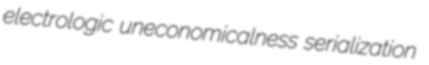
electrologic uneconomicalness serialization